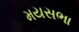
મયસભા